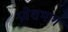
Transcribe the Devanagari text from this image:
प्रवेशभाग